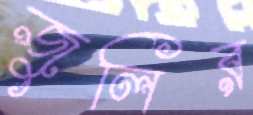
জুলির